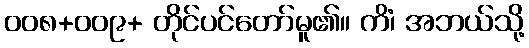
၀၀၈+၀၀၉+ တိုင်ပင်တော်မူ၏။ ကိံ၊ အဘယ်သို့